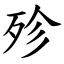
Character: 殄